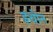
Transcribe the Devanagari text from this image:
इंचोन